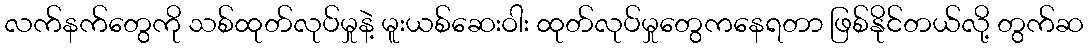
လက်နက်တွေကို သစ်ထုတ်လုပ်မှုနဲ့ မူးယစ်ဆေးဝါး ထုတ်လုပ်မှုတွေကနေရတာ ဖြစ်နိုင်တယ်လို့ တွက်ဆ